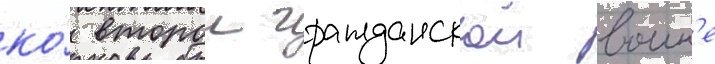
ко́ второи гражданскои воин'е